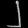
Digit: ၂